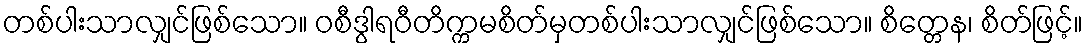
တစ်ပါးသာလျှင်ဖြစ်သော။ ဝစီဒွါရဝီတိက္ကမစိတ်မှတစ်ပါးသာလျှင်ဖြစ်သော။ စိတ္တေန၊ စိတ်ဖြင့်။